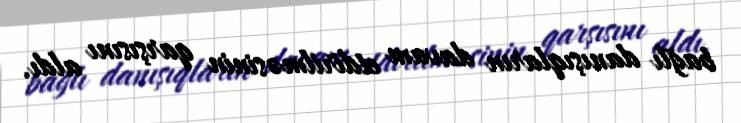
bağlı danışıqların davam etdirilməsinin qarşısını aldı.